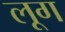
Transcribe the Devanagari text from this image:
लूग